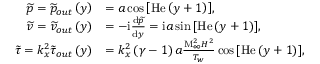
\begin{array} { r l } { \widetilde { p } = \widetilde { p } _ { o u t } \left( y \right) } & { = a \cos { \left[ \mathrm { H e } \left( y + 1 \right) \right] } , } \\ { \widetilde { v } = \widetilde { v } _ { o u t } \left( y \right) } & { = - \mathrm { i } \frac { \mathrm { d } \widetilde { p } } { \mathrm { d } y } = \mathrm { i } a \sin { \left[ \mathrm { H e } \left( y + 1 \right) \right] } , } \\ { \widetilde { \tau } = k _ { x } ^ { 2 } \widetilde { \tau } _ { o u t } \left( y \right) } & { = k _ { x } ^ { 2 } \left( \gamma - 1 \right) a \frac { \mathrm { M } _ { \infty } ^ { 2 } H ^ { 2 } } { T _ { w } } \cos { \left[ \mathrm { H e } \left( y + 1 \right) \right] } , } \end{array}